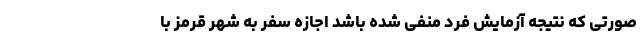
صورتی که نتیجه آزمایش فرد منفی شده باشد اجازه سفر به شهر قرمز با